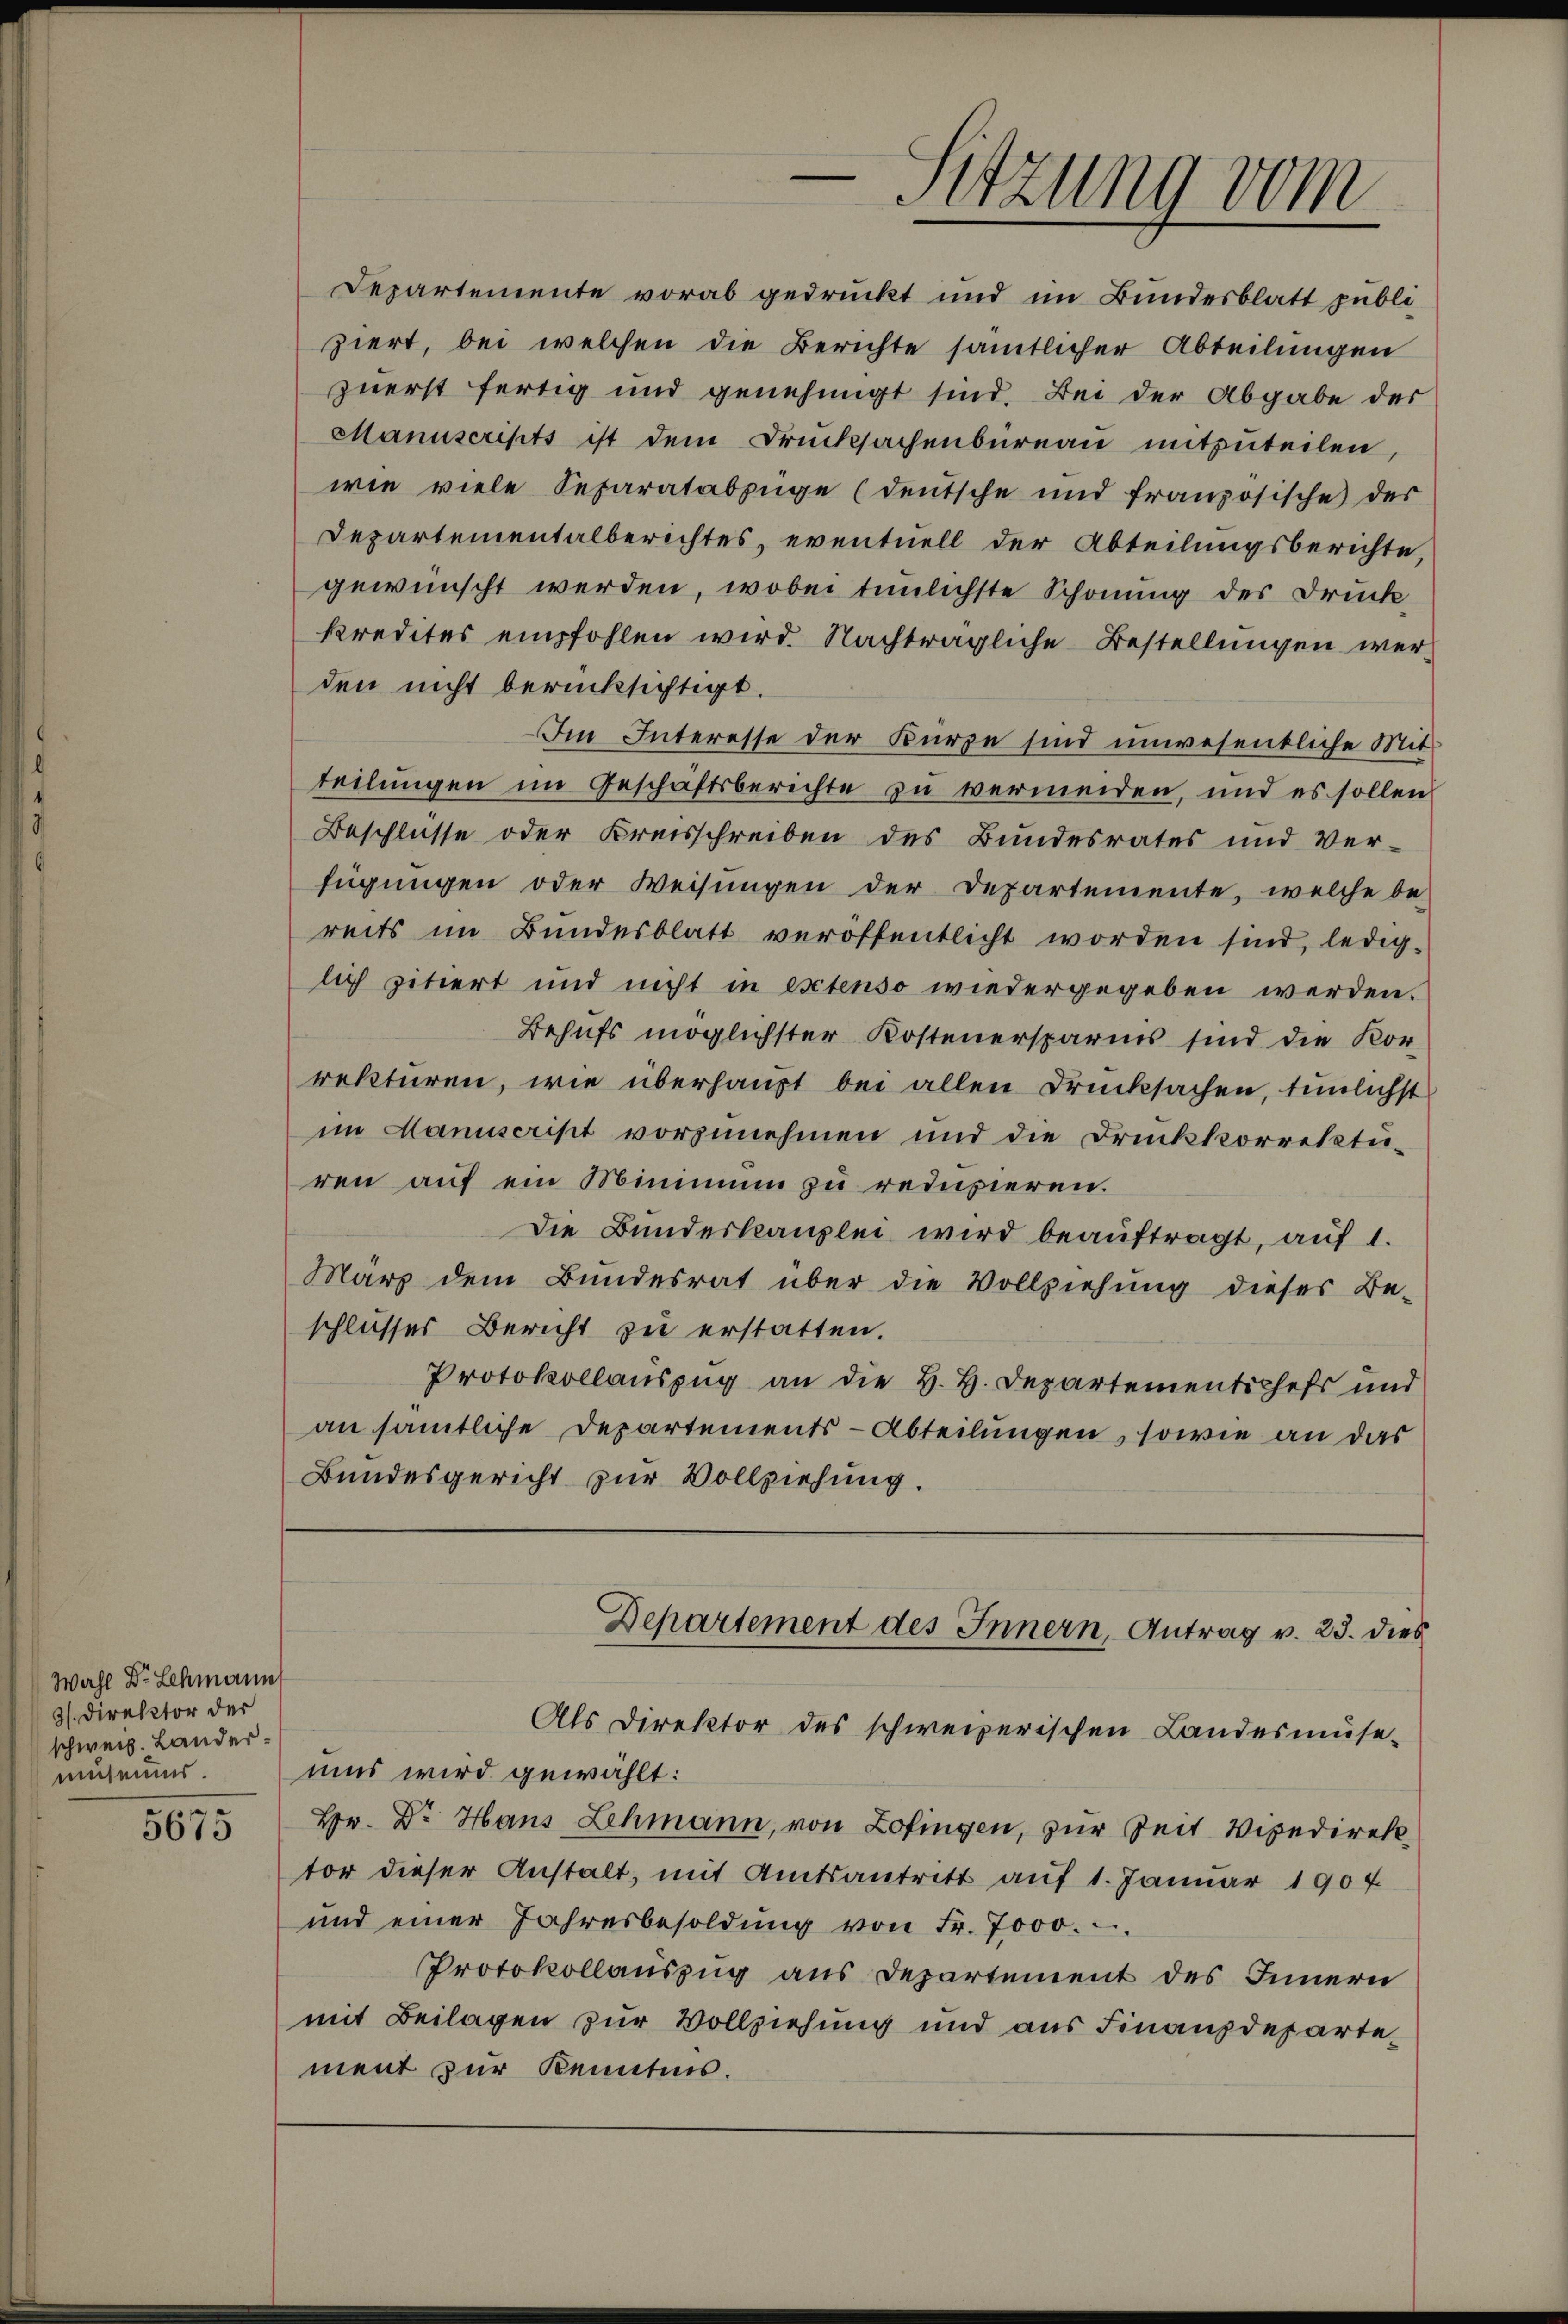
Wahl Dr. Lehmann
3). Direktor der
schweiz. Lander.
museums

5675

ziert, bei welchen die Berichte sämtlicher Abteilungen
zuerst fertig und genehmigt sind. Bei der Abgabe des
Manuscripts ist dem Drucksachenbüreau mitzuteilen,
wie viele Separatabzüge (deutsche und französische der
Departementalberichtes, eventuell der Abteilungsberichte,
gewünscht werden, wobei tunlichste Schonung des Druck
kredites empfohlen wird. Nachträgliche Bestellungen werden nicht berücksichtigt.
Im Interesse der Kürze sind unwesentliche Mitteilungen im Geschäftsberichte zu vermeiden, und es sollen
Beschlüsse oder Kreisschreiben des Bundesrates und Ver-
fügungen oder Weisungen der Departemente, welche be-
reits im Bundesblatt veröffentlicht worden sind, ledig-
lich zitiert und nicht in estenso wiedergegeben werden.
Behufs möglichster Kostenersparis sind die Kor-
rekturen, wie überhaupt bei allen Drucksachen, tunlichst
im Manuscrist vorzunehmen und die Druckkorrektiren auf ein Minimum zu reduzieren.
Die Bundeskanzlei wird beauftragt, auf 1.
März dem Bundesrat über die Vollziehŭng dieses Be-
schlusses Bericht zu erstatten.
Protokollauszug an die H. H. Departementichefs und
an sämtliche Departements-Abteilungen, sowie an das
Bundesgericht zur Vollziehung.
Departement des Innern, Antrag v. 23. dies
Als Direktor des schweizerischen Landesmüse-
mus wird gewählt:
Hr. Dr Hans Lehmann, von Zofingen, zur Zeit Vipedirektor dieser Anstalt, mit Amtsantritt auf 1. Januar 1907.
und einer Jahresbesoldŭng von Fr. 7000.
Protokollauszug aus Departement des Innern
mit Beilagen zur Vollziehung und aus Finanzdepartement zur Kenntnis.

Sitzung vom

Departemente vorab gedruckt und im Bundesblatt publi¬